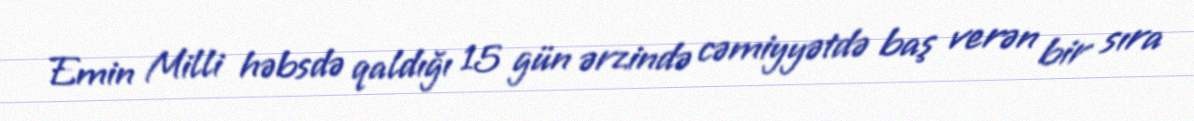
Emin Milli həbsdə qaldığı 15 gün ərzində cəmiyyətdə baş verən bir sıra